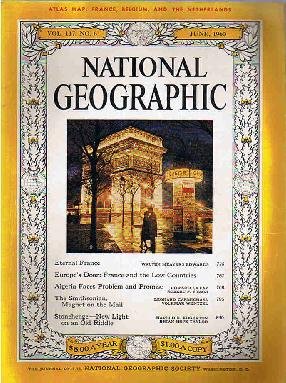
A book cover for National Geographic: June 1960 (Vol. 117); The National Geographic Society; Crafts, Hobbies & Home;